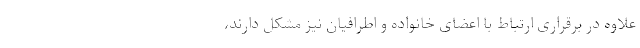
علاوه در برقراری ارتباط با اعضای خانواده و اطرافیان نیز مشکل دارند،